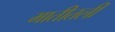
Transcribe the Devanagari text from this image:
मातीतली